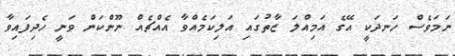
ނަމަވެސް ހަނދަކީ އޭގެ އަމިއްލަ ޒާތުގައި އަލިކަމެއްވާ އެއްޗެއް ނޫންކަން ވަނީ ހެދިފައިވާ